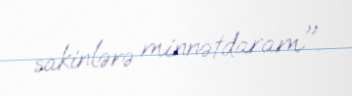
sakinlərə minnətdaram".